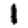
Digit: 1